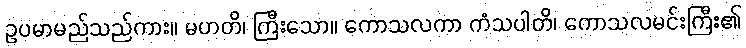
ဥပမာမည်သည်ကား။ မဟတိ၊ ကြီးသော။ ကောသလကာ ကံသပါတိ၊ ကောသလမင်းကြီး၏